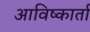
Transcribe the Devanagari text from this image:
आविष्कार्ता